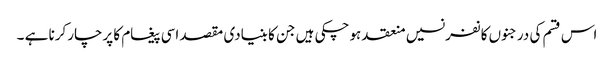
اس قسم کی درجنوں کانفرنسیں منعقد ہوچکی ہیں جن کا بنیادی مقصد اسی پیغام کا پرچارکرنا ہے ۔